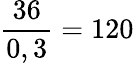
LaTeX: \frac{36}{0,3}=120